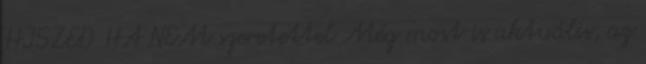
HISZED HA NEM szeretettel Még most is aktuális, az